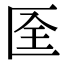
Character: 𠤹